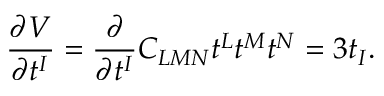
\frac { \partial V } { \partial t ^ { I } } = \frac { \partial } { \partial t ^ { I } } C _ { L M N } t ^ { L } t ^ { M } t ^ { N } = 3 t _ { I } .